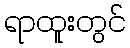
ရာထူးတွင်